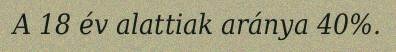
A 18 év alattiak aránya 40%.